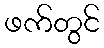
ဖက်တွင်